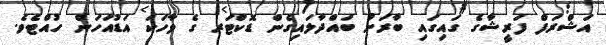
އަޝްރަފް ފަރީޝާގެ ގައިގައި ބާރަށް ބައްދާލައިގެން ޑޮކްޓަރ ގެ ވާހަކަ އަޑުއަހަން ހުއްޓެވެ.